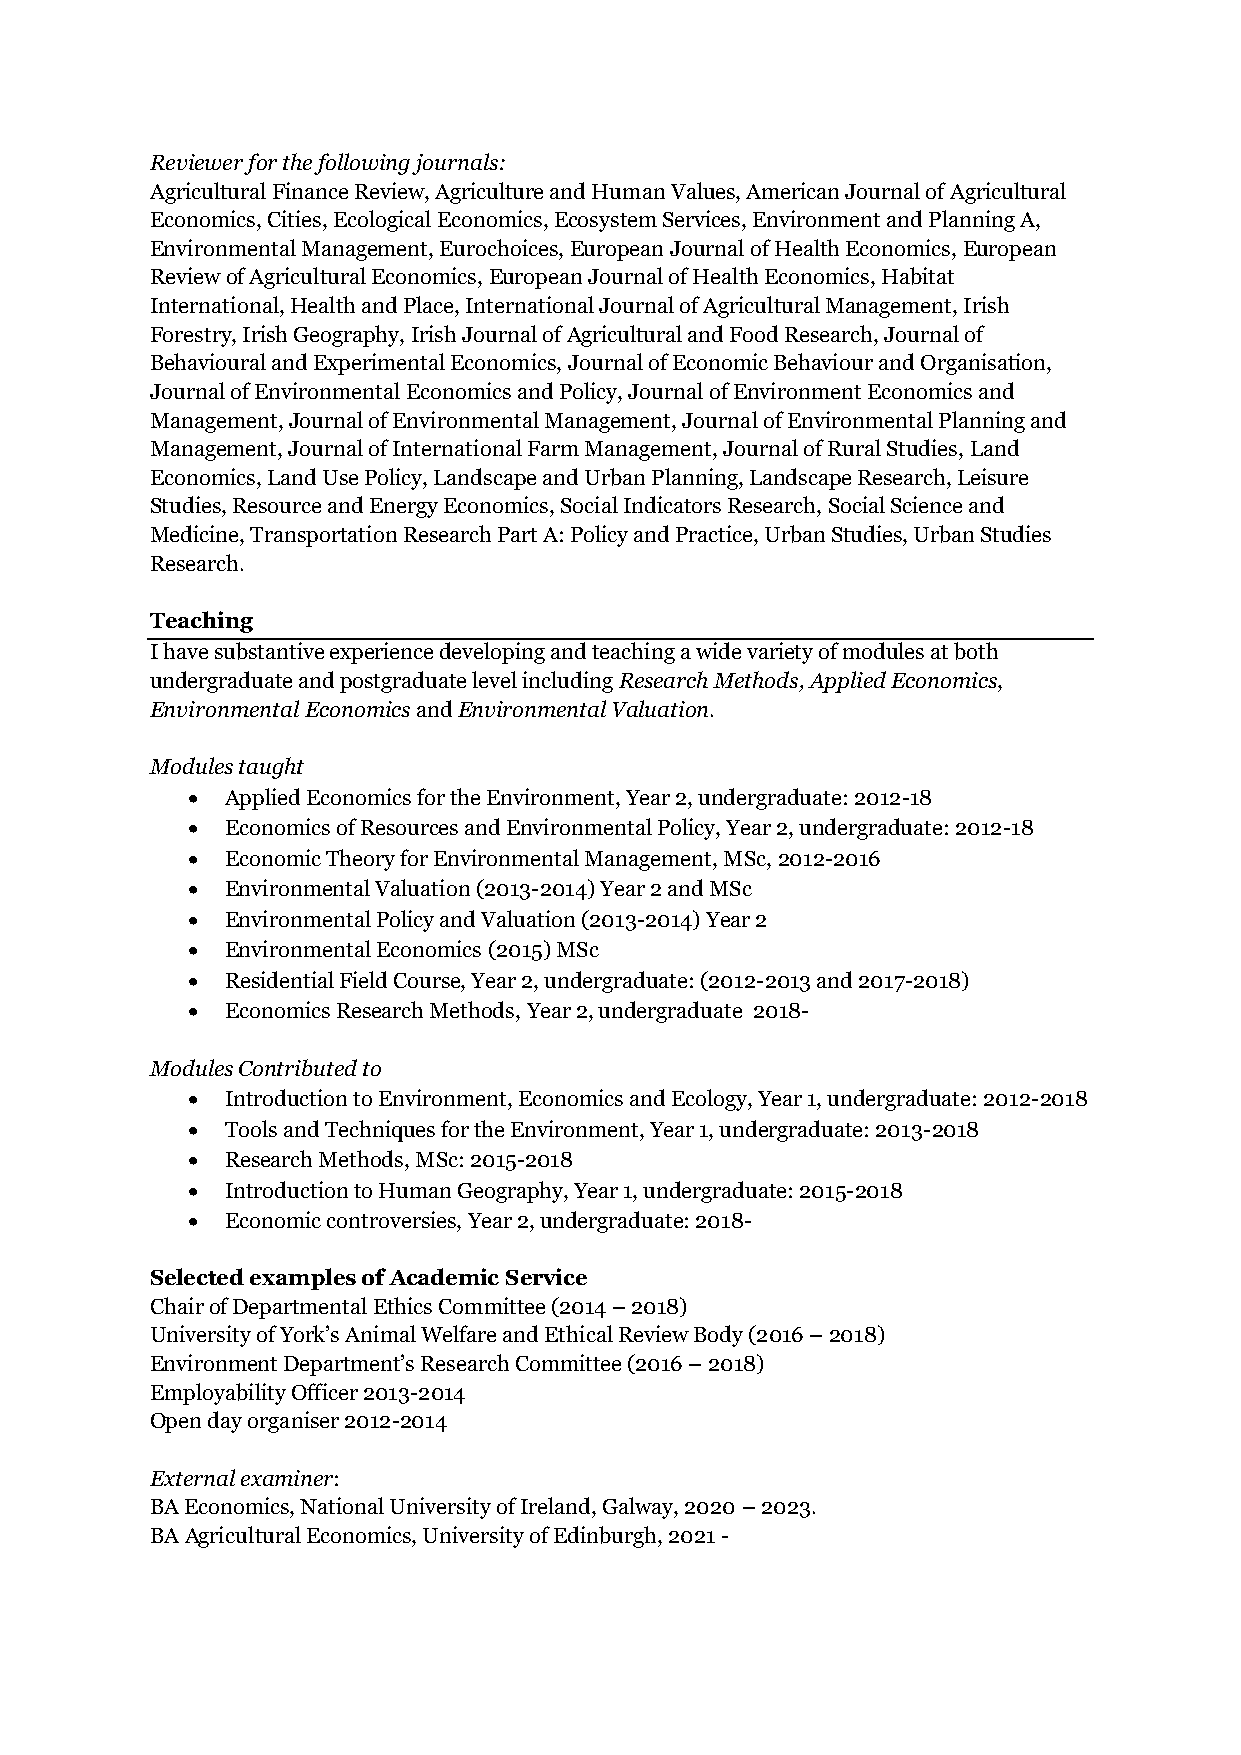
Reviewer for the following journals:
 Agricultural Finance Review, Agriculture and Human Values, American Journal of Agricultural
 Economics, Cities, Ecological Economics, Ecosystem Services, Environment and Planning A,
 Environmental Management, Eurochoices, European Journal of Health Economics, European
 Review of Agricultural Economics, European Journal of Health Economics, Habitat
 International, Health and Place, International Journal of Agricultural Management, Irish
 Forestry, Irish Geography, Irish Journal of Agricultural and Food Research, Journal of
 Behavioural and Experimental Economics, Journal of Economic Behaviour and Organisation,
 Journal of Environmental Economics and Policy, Journal of Environment Economics and
 Management, Journal of Environmental Management, Journal of Environmental Planning and
 Management, Journal of International Farm Management, Journal of Rural Studies, Land
 Economics, Land Use Policy, Landscape and Urban Planning, Landscape Research, Leisure
 Studies, Resource and Energy Economics, Social Indicators Research, Social Science and
 Medicine, Transportation Research Part A: Policy and Practice, Urban Studies, Urban Studies
 Research.
 Teaching
 I have substantive experience developing and teaching a wide variety of modules at both
 undergraduate and postgraduate level including Research Methods, Applied Economics,
 Environmental Economics and Environmental Valuation.
 Modules taught
   Applied Economics for the Environment, Year 2, undergraduate: 2012-18
   Economics of Resources and Environmental Policy, Year 2, undergraduate: 2012-18
   Economic Theory for Environmental Management, MSc, 2012-2016
   Environmental Valuation (2013-2014) Year 2 and MSc
   Environmental Policy and Valuation (2013-2014) Year 2
   Environmental Economics (2015) MSc
   Residential Field Course, Year 2, undergraduate: (2012-2013 and 2017-2018)
   Economics Research Methods, Year 2, undergraduate 2018-
 Modules Contributed to
   Introduction to Environment, Economics and Ecology, Year 1, undergraduate: 2012-2018
   Tools and Techniques for the Environment, Year 1, undergraduate: 2013-2018
   Research Methods, MSc: 2015-2018
   Introduction to Human Geography, Year 1, undergraduate: 2015-2018
   Economic controversies, Year 2, undergraduate: 2018-
 Selected examples of Academic Service
 Chair of Departmental Ethics Committee (2014 – 2018)
 University of York’s Animal Welfare and Ethical Review Body (2016 – 2018)
 Environment Department’s Research Committee (2016 – 2018)
 Employability Officer 2013-2014
 Open day organiser 2012-2014
 External examiner:
 BA Economics, National University of Ireland, Galway, 2020 – 2023.
 BA Agricultural Economics, University of Edinburgh, 2021 -